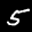
Label: 5